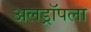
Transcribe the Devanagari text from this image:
अलड्रॉपला